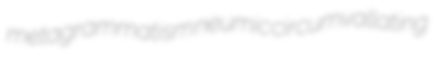
metagrammatism neumic circumvallating